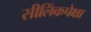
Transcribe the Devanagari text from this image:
सीलिंकपेक्षा